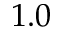
1 . 0